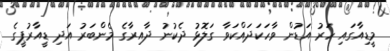
މީޑިއާގައި ހަރު އަޑުން ވާހަކަދައްކަވާ ގަލޮޅު ދެކުނު ދާއިރާގެ މެންބަރު އަދި ޑީއާރުޕީގެ